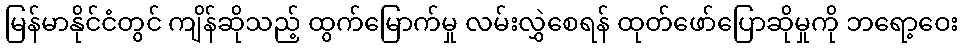
မြန်မာနိုင်ငံတွင် ကျိန်ဆိုသည့် ထွက်မြောက်မှု လမ်းလွှဲစေရန် ထုတ်ဖော်ပြောဆိုမှုကို ဘရော့ဝေး